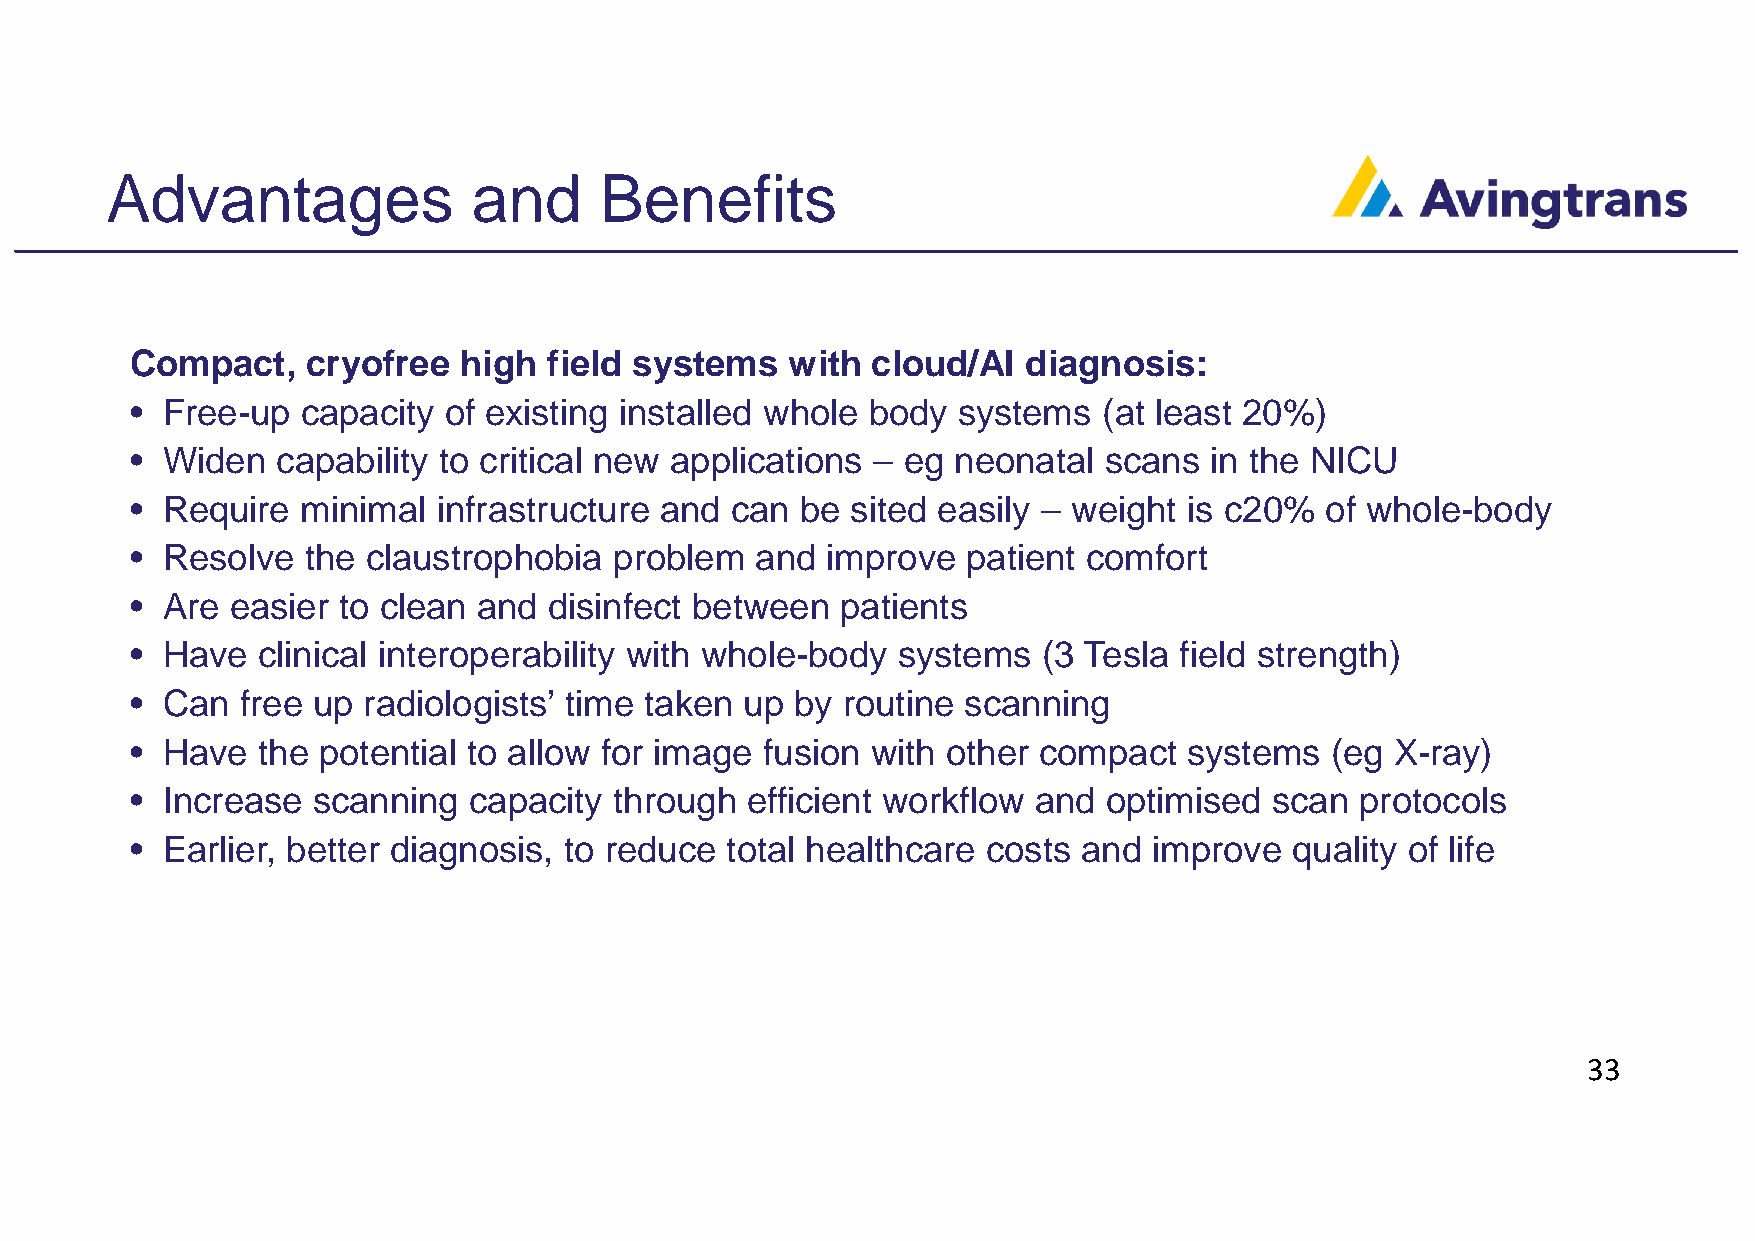
Advantages              and      Benefits
 Compact,   cryofree  high  field systems   with  cloud/AI  diagnosis:
 • Free-up  capacity of existing installed whole  body systems   (at least 20%)
 • Widen  capability to critical new applications – eg neonatal  scans  in the NICU
 • Require  minimal  infrastructure and can  be sited easily – weight  is c20%  of whole-body
 • Resolve  the claustrophobia   problem  and  improve  patient comfort
 • Are easier to clean  and disinfect between   patients
 • Have  clinical interoperability with whole-body systems   (3 Tesla field strength)
 • Can  free up radiologists’ time taken up  by routine scanning
 • Have  the potential to allow for image  fusion with other compact   systems  (eg X-ray)
 • Increase  scanning  capacity  through efficient workflow and  optimised  scan  protocols
 • Earlier, better diagnosis, to reduce total healthcare costs  and improve   quality of life
 33